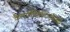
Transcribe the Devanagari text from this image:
कैलामोपिटिएसिई